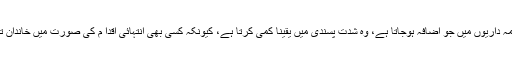
ایک شادی شدہ زندگی میں اُمنگوں اور ذمہ داریوں میں جو اضافہ ہوجاتا ہے، وہ شدت پسندی میں یقینا کمی کرتا ہے، کیونکہ کسی بھی انتہائی اقدا م کی صورت میں خاندان تباہ ہونے کے امکانات ڈراتے رہتے ہیں۔